Vaccination North-Western Provinces and Oudh 1878-1895 - 1878-1895
Year: 1878
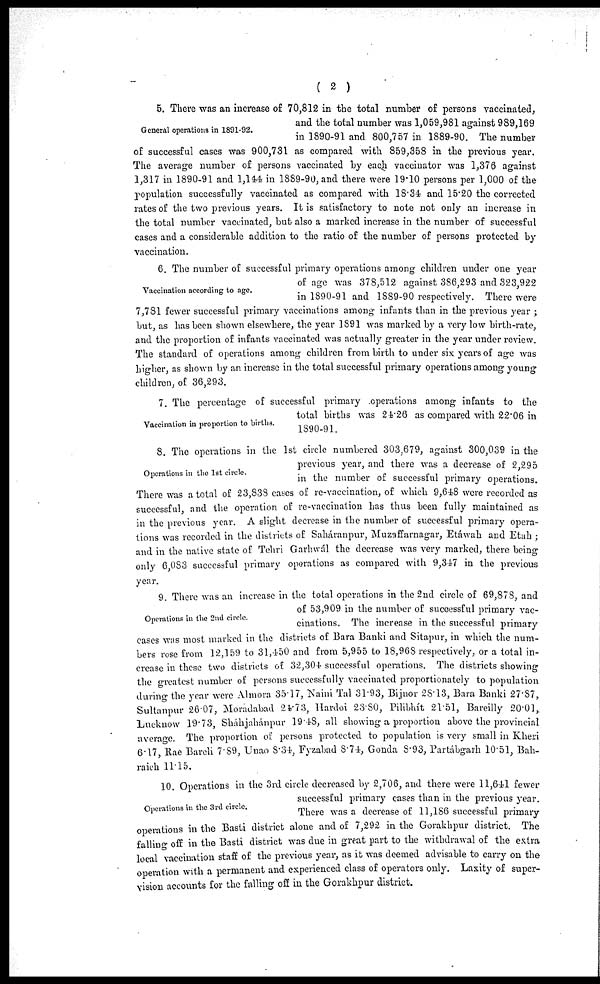
( 2 )
General operations in 1891-92.
5. There was an increase of 70,812 in the total number of persons vaccinated,
and the total number was 1,059,981 against 989,169
in 1890-91 and 800,757 in 1889-90. The number
of successful cases was 900,731 as compared with 859,358 in the previous year.
The average number of persons vaccinated by each vaccinator was 1,376 against
1,317 in 1890-91 and 1,144, in 1889-90, and there were 19.10 persons per 1,000 of the
population successfully vaccinated as compared with 18.31 and 15.20 the corrected
rates of the two previous years. It is satisfactory to note not only an increase in
the total number vaccinated, but also a marked increase in the number of successful
cases and a considerable addition to the ratio of the number of persons protected by
vaccination.
Vaccination according to age.
6. The number of successful primary operations among children under one year
of age was 378,512 against 3S6,293 and 323,922
in 1890-91 and 1889-90 respectively. There were
7,781 fewer successful primary vaccinations among infants than in the previous year ;
but, as has been shown elsewhere, the year 1891 was marked by a very low birth-rate,
and the proportion of infants vaccinated was actually greater in the year under review.
The standard of operations among children from birth to under six years of age was
higher, as shown by an increase in the total successful primary operations among young
children, of 36,293.
Vaccination in proportion to births.
7. The percentage of successful primary .operations among infants to the
total births was 24.26 as compared with 22.06 in
1890-91.
Operations in the 1st circle.
8. The operations in the 1st circle numbered 303.679, against 300,039 in the
previous year, and there was a decrease of 2,295
in the number of successful primary operations.
There was a total of 23,838 cases of re-vaccination, of which 9,618 were recorded as
successful and the operation of re-vaccination has thus been fully maintained as
in the previous year. A slight decrease in the number of successful primary opera-
tions was recorded in the districts of Saháranpur, Muzsffarnagar, Etáwah and Etah ;
and in the native state of Tehri Garhwál the decrease was very marked, there being
only 6,083 successful primary operations as compared with 9,347 in the previous
year.
Operations in the 2nd circle.
9. There was an increase in the total operations in the 2nd circle of 69,878, and
of 53,909 in the number of successful primary vac-
cinations. The increase in the successful primary
cases was most marked in the districts of Bara Banki and Sitapur, in which the num-
bers rose from 12,159 to 31,450 and from 5,955 to 18,968 respectively, or a total in-
crease in these two districts of 32,304 successful operations. The districts showing
the greatest number of persons successfully vaccinated proportionately to population
during the year were Almora 35.17, Naini Tal 31.93, Bijnor 28.13, Bara Banki 27.87,
Sultanpur 26.07, Moradabad 24.73, Hardoi 23.80, Pilibhít 21.51, Bareilly 20.01,
Lucknow 19.73, Sháhjahánpur 19.48, all showing a proportion above the provincial
average. The proportion of persons protected to population is very small in Kheri
6.17, Rae Barcli 7.89, Unao 8.34, Fyzabad 8.74, Gonda 8.93, Partábgarh 10.51, Bah-
raieh 11.15.
Operations in the 3rd circle.
10. Operations in the 3rd circle decreased by 2,706, and there were 11,611 fewer
successful primary cases than in the previous year.
There was a decrease of 11,186 successful primary
operations in the Basti district alone and of 7,292 in the Gorakhpur district. The
falling off in the Basti district was due in great part to the withdrawal of the extra
local vaccination staff of the previous year, as it was deemed advisable to carry on the
operation with a permanent and experienced class of operators only. Laxity of super-
vision accounts for the falling off in the Gorakhpur district.